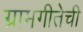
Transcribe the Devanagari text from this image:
ग्रामगीतेची